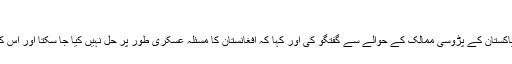
'
اپنے خطاب میں وزیر خارجہ نے خطے میں پاکستان کے پڑوسی ممالک کے حوالے سے گفتگو کی اور کہا کہ افغانستان کا مسئلہ عسکری طور پر حل نہیں کیا جا سکتا اور اس کے لیے ضروری ہے کہ مذاکرات کیے جائیں۔